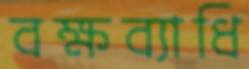
বক্ষব্যাধি